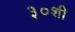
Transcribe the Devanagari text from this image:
३०शी